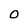
Character: 0